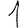
Digit: 1